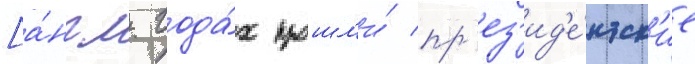
[а́нгл. года́х прошл'и́ пр'ез'ид'е́нтск'ие